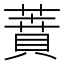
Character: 蕡